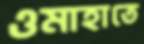
ওমাহাতে